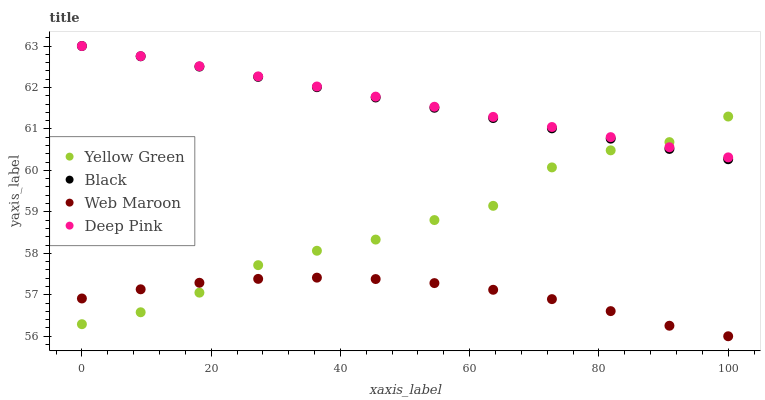
| xaxis_label | Yellow Green | Black | Web Maroon | Deep Pink |
 | --- | --- | --- | --- | --- |
 | 0 | 56.3 | 63 | 56.9 | 63 |
 | 9.09 | 56.6 | 62.8 | 57.1 | 62.8 |
 | 18.2 | 57.1 | 62.5 | 57.3 | 62.5 |
 | 27.3 | 57.7 | 62.3 | 57.4 | 62.3 |
 | 36.4 | 58.1 | 62 | 57.4 | 62 |
 | 45.5 | 58.3 | 61.8 | 57.4 | 61.8 |
 | 54.5 | 58.8 | 61.5 | 57.3 | 61.5 |
 | 63.6 | 59.1 | 61.3 | 57.1 | 61.3 |
 | 72.7 | 60.1 | 61 | 56.9 | 61 |
 | 81.8 | 60.5 | 60.8 | 56.6 | 60.8 |
 | 90.9 | 60.7 | 60.5 | 56.3 | 60.6 |
 | 100 | 61.3 | 60.3 | 56 | 60.3 |